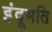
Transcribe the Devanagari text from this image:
इंदूमति